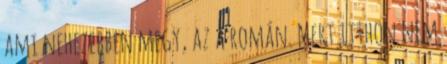
ami nehezebben megy, az a román. Mert itthon nem